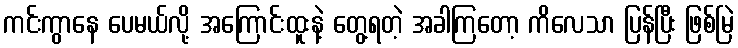
ကင်းကွာနေ ပေမယ်လို့ အကြောင်းထူးနဲ့ တွေ့ရတဲ့ အခါကြတော့ ကိလေသာ ပြန်ပြီး ဖြစ်မြဲ